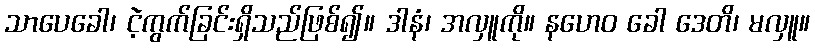
သာပေခေါ၊ ငဲ့ကွက်ခြင်းရှိသည်ဖြစ်၍။ ဒါနံ၊ အလှူကို။ နဟေဝ ခေါ ဒေတိ၊ မလှူ။